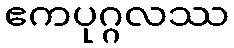
ဧကပုဂ္ဂလဿ